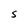
Character: s